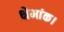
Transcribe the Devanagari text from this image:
क्षेमांक।